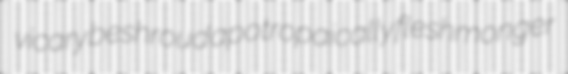
vicary beshroud apotropaically fleshmonger